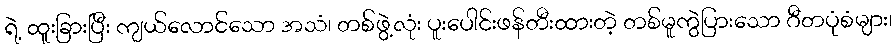
ရဲ့ ထူးခြားပြီး ကျယ်လောင်သော အသံ၊ တစ်ဖွဲ့လုံး ပူးပေါင်းဖန်တီးထားတဲ့ တစ်မူကွဲပြားသော ဂီတပုံစံများ၊